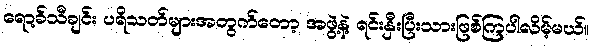
ရော့ခ်သီချင်း ပရိသတ်များအတွက်တော့ အဖွဲ့နဲ့ ရင်းနှီးပြီးသားဖြစ်ကြပါလိမ့်မယ်။